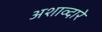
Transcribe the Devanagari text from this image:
अशाव्दारे